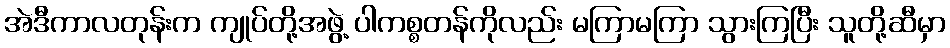
အဲဒီကာလတုန်းက ကျုပ်တို့အဖွဲ့ ပါကစ္စတန်ကိုလည်း မကြာမကြာ သွားကြပြီး သူတို့ဆီမှာ